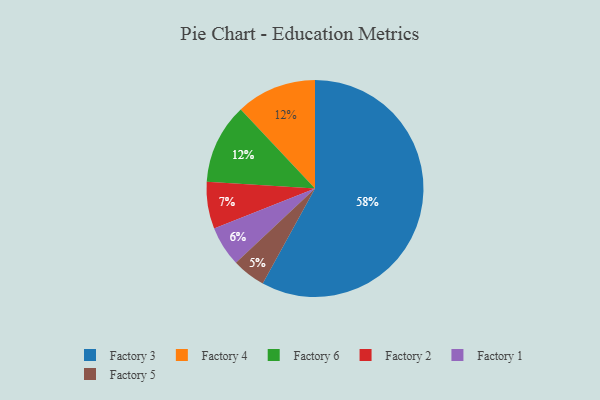
{"axis": {"x": "Category", "y": "Percentage"}, "legend": ["Factory 1", "Factory 2", "Factory 3", "Factory 4", "Factory 5", "Factory 6"], "data": [{"x": "Factory 4", "y": 12, "type": "Factory 4"}, {"x": "Factory 1", "y": 6, "type": "Factory 1"}, {"x": "Factory 5", "y": 5, "type": "Factory 5"}, {"x": "Factory 3", "y": 58, "type": "Factory 3"}, {"x": "Factory 2", "y": 7, "type": "Factory 2"}, {"x": "Factory 6", "y": 12, "type": "Factory 6"}]}